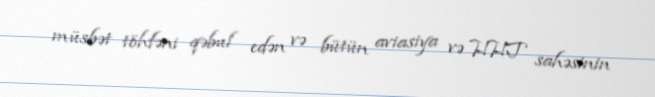
müsbət töhfəni qəbul edən və bütün aviasiya və HHT sahəsinin